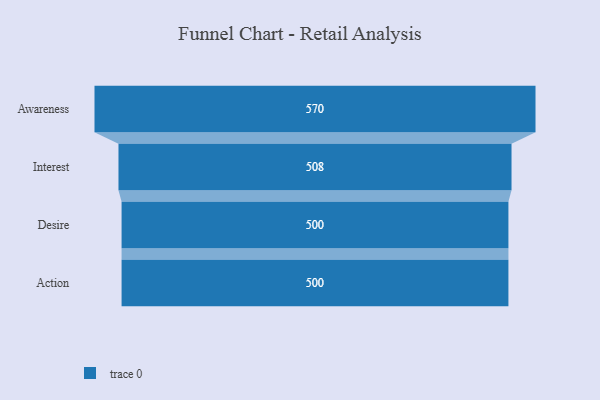
{"axis": {"x": "Stage", "y": "Value"}, "legend": [""], "data": [{"x": "Awareness", "y": 570.0, "type": ""}, {"x": "Interest", "y": 508.0, "type": ""}, {"x": "Desire", "y": 500, "type": ""}, {"x": "Action", "y": 500, "type": ""}]}